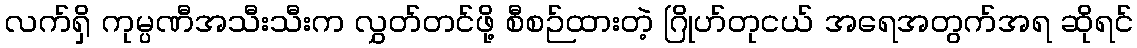
လက်ရှိ ကုမ္ပဏီအသီးသီးက လွှတ်တင်ဖို့ စီစဉ်ထားတဲ့ ဂြိုဟ်တုငယ် အရေအတွက်အရ ဆိုရင်